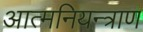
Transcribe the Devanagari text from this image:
आत्मनियन्त्राण